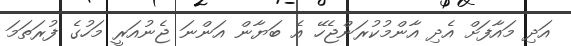
އަދި މައާފަށް އެދި އާންމުކުރަންޖެހޭ އެ ބަޔާން އަންނަ ޖެނުއަރީ މަހުގެ ފުރަތަމަ